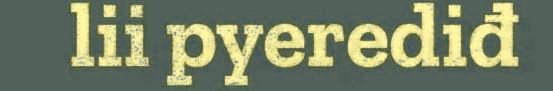
lii pyerediđ